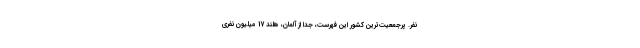
نفر. پرجمعیت‌ترین کشور این فهرست، جدا از آلمان، هلند 17 میلیون نفری